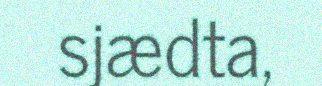
sjædta,